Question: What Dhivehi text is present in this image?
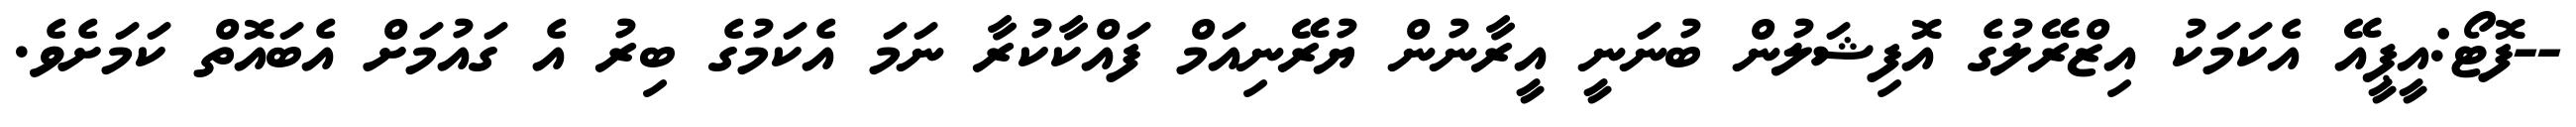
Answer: --ފޮޓޯ:އީޕީއޭ އެކަމަކު އިޒްރޭލުގެ އޮފިޝަލުން ބުނަނީ އީރާނުން ޔުރޭނިއަމް ފައްކާކުރާ ނަމަ އެކަމުގެ ބިރު އެ ގައުމަށް އެބައޮތް ކަމަށެވެ.